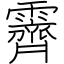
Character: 霽